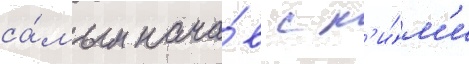
са́мым нача́в с н'и́м'и